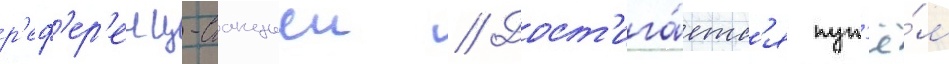
р'еф'ер'енц-станциеи // Дост'ига́етс'я пут'ё́м